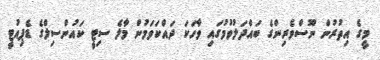
މީގެ އިތުރުން ނޫސްވެރިންގެ ބައްދަލުވުމުގައި ވާހަކަ ދައްކަވަމުން މާލެ ސިޓީ ކައުންސިލްގެ ޑެޕިއުޓީ